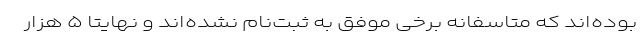
بوده‌اند که متاسفانه برخی موفق به ثبت‌نام نشده‌اند و نهایتاً ۵ هزار